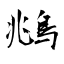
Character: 鴵